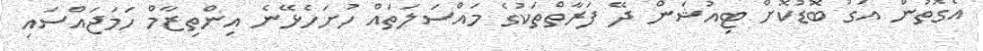
އެގޮތުން އަގު ބޮޑުކޮށް ޓިއުޝަން ދޭ ފަރާތްތަކުގެ މައްސަލަތައް ހުށަހެޅޭނެ އިންތިޒާމް ހަމަޖައްސައި